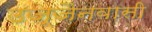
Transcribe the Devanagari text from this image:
उज्जैनवासी